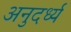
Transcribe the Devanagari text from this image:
अनुदर्ध्य